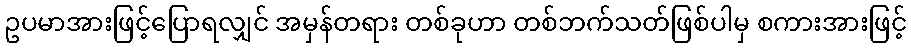
ဥပမာအားဖြင့်ပြောရလျှင် အမှန်တရား တစ်ခုဟာ တစ်ဘက်သတ်ဖြစ်ပါမှ စကားအားဖြင့်